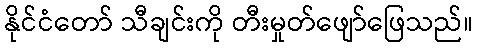
နိုင်ငံတော် သီချင်းကို တီးမှုတ်ဖျော်ဖြေသည်။